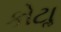
કોટાૢ